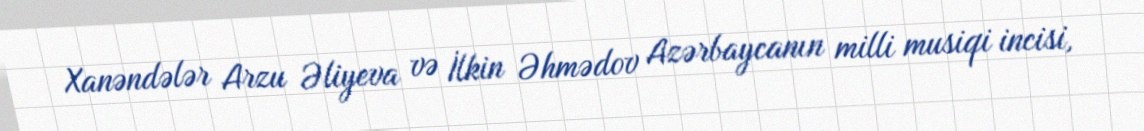
Xanəndələr Arzu Əliyeva və İlkin Əhmədov Azərbaycanın milli musiqi incisi,